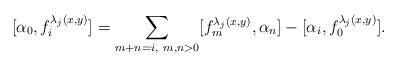
LaTeX: \begin{align*} [\alpha_0,f_i^{\lambda_j(x,y)}]=\sum_{m+n=i,~m,n>0}[f_m^{\lambda_j(x,y)},\alpha_n]-[\alpha_i,f_0^{\lambda_j(x,y)}].\end{align*}